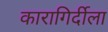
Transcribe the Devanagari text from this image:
कारागिर्दीला